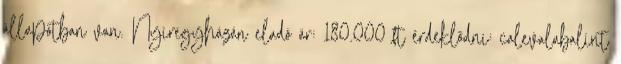
állapotban van. Nyíregyházán eladó ár: 180.000 ft érdeklődni: calevalabalint